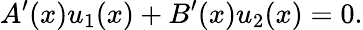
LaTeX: A^{\prime}(x)u_{1}(x)+B^{\prime}(x)u_{2}(x)=0.